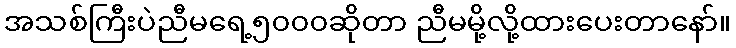
အသစ်ကြီးပဲညီမရေ့၅၀၀၀ဆိုတာ ညီမမို့လို့ထားပေးတာနော်။